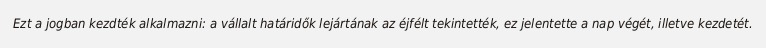
Ezt a jogban kezdték alkalmazni: a vállalt határidők lejártának az éjfélt tekintették, ez jelentette a nap végét, illetve kezdetét.